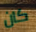
كان